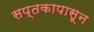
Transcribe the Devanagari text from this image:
सप्तकापासून